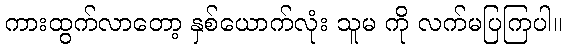
ကားထွက်လာတော့ နှစ်ယောက်လုံး သူမ ကို လက်မပြကြပါ။